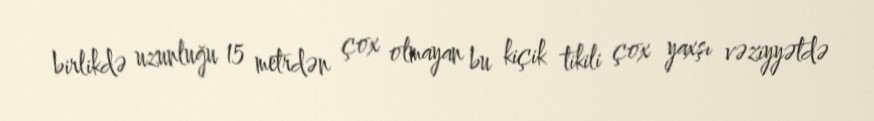
birlikdə uzunluğu 15 metrdən çox olmayan bu kiçik tikili çox yaxşı vəziyyətdə